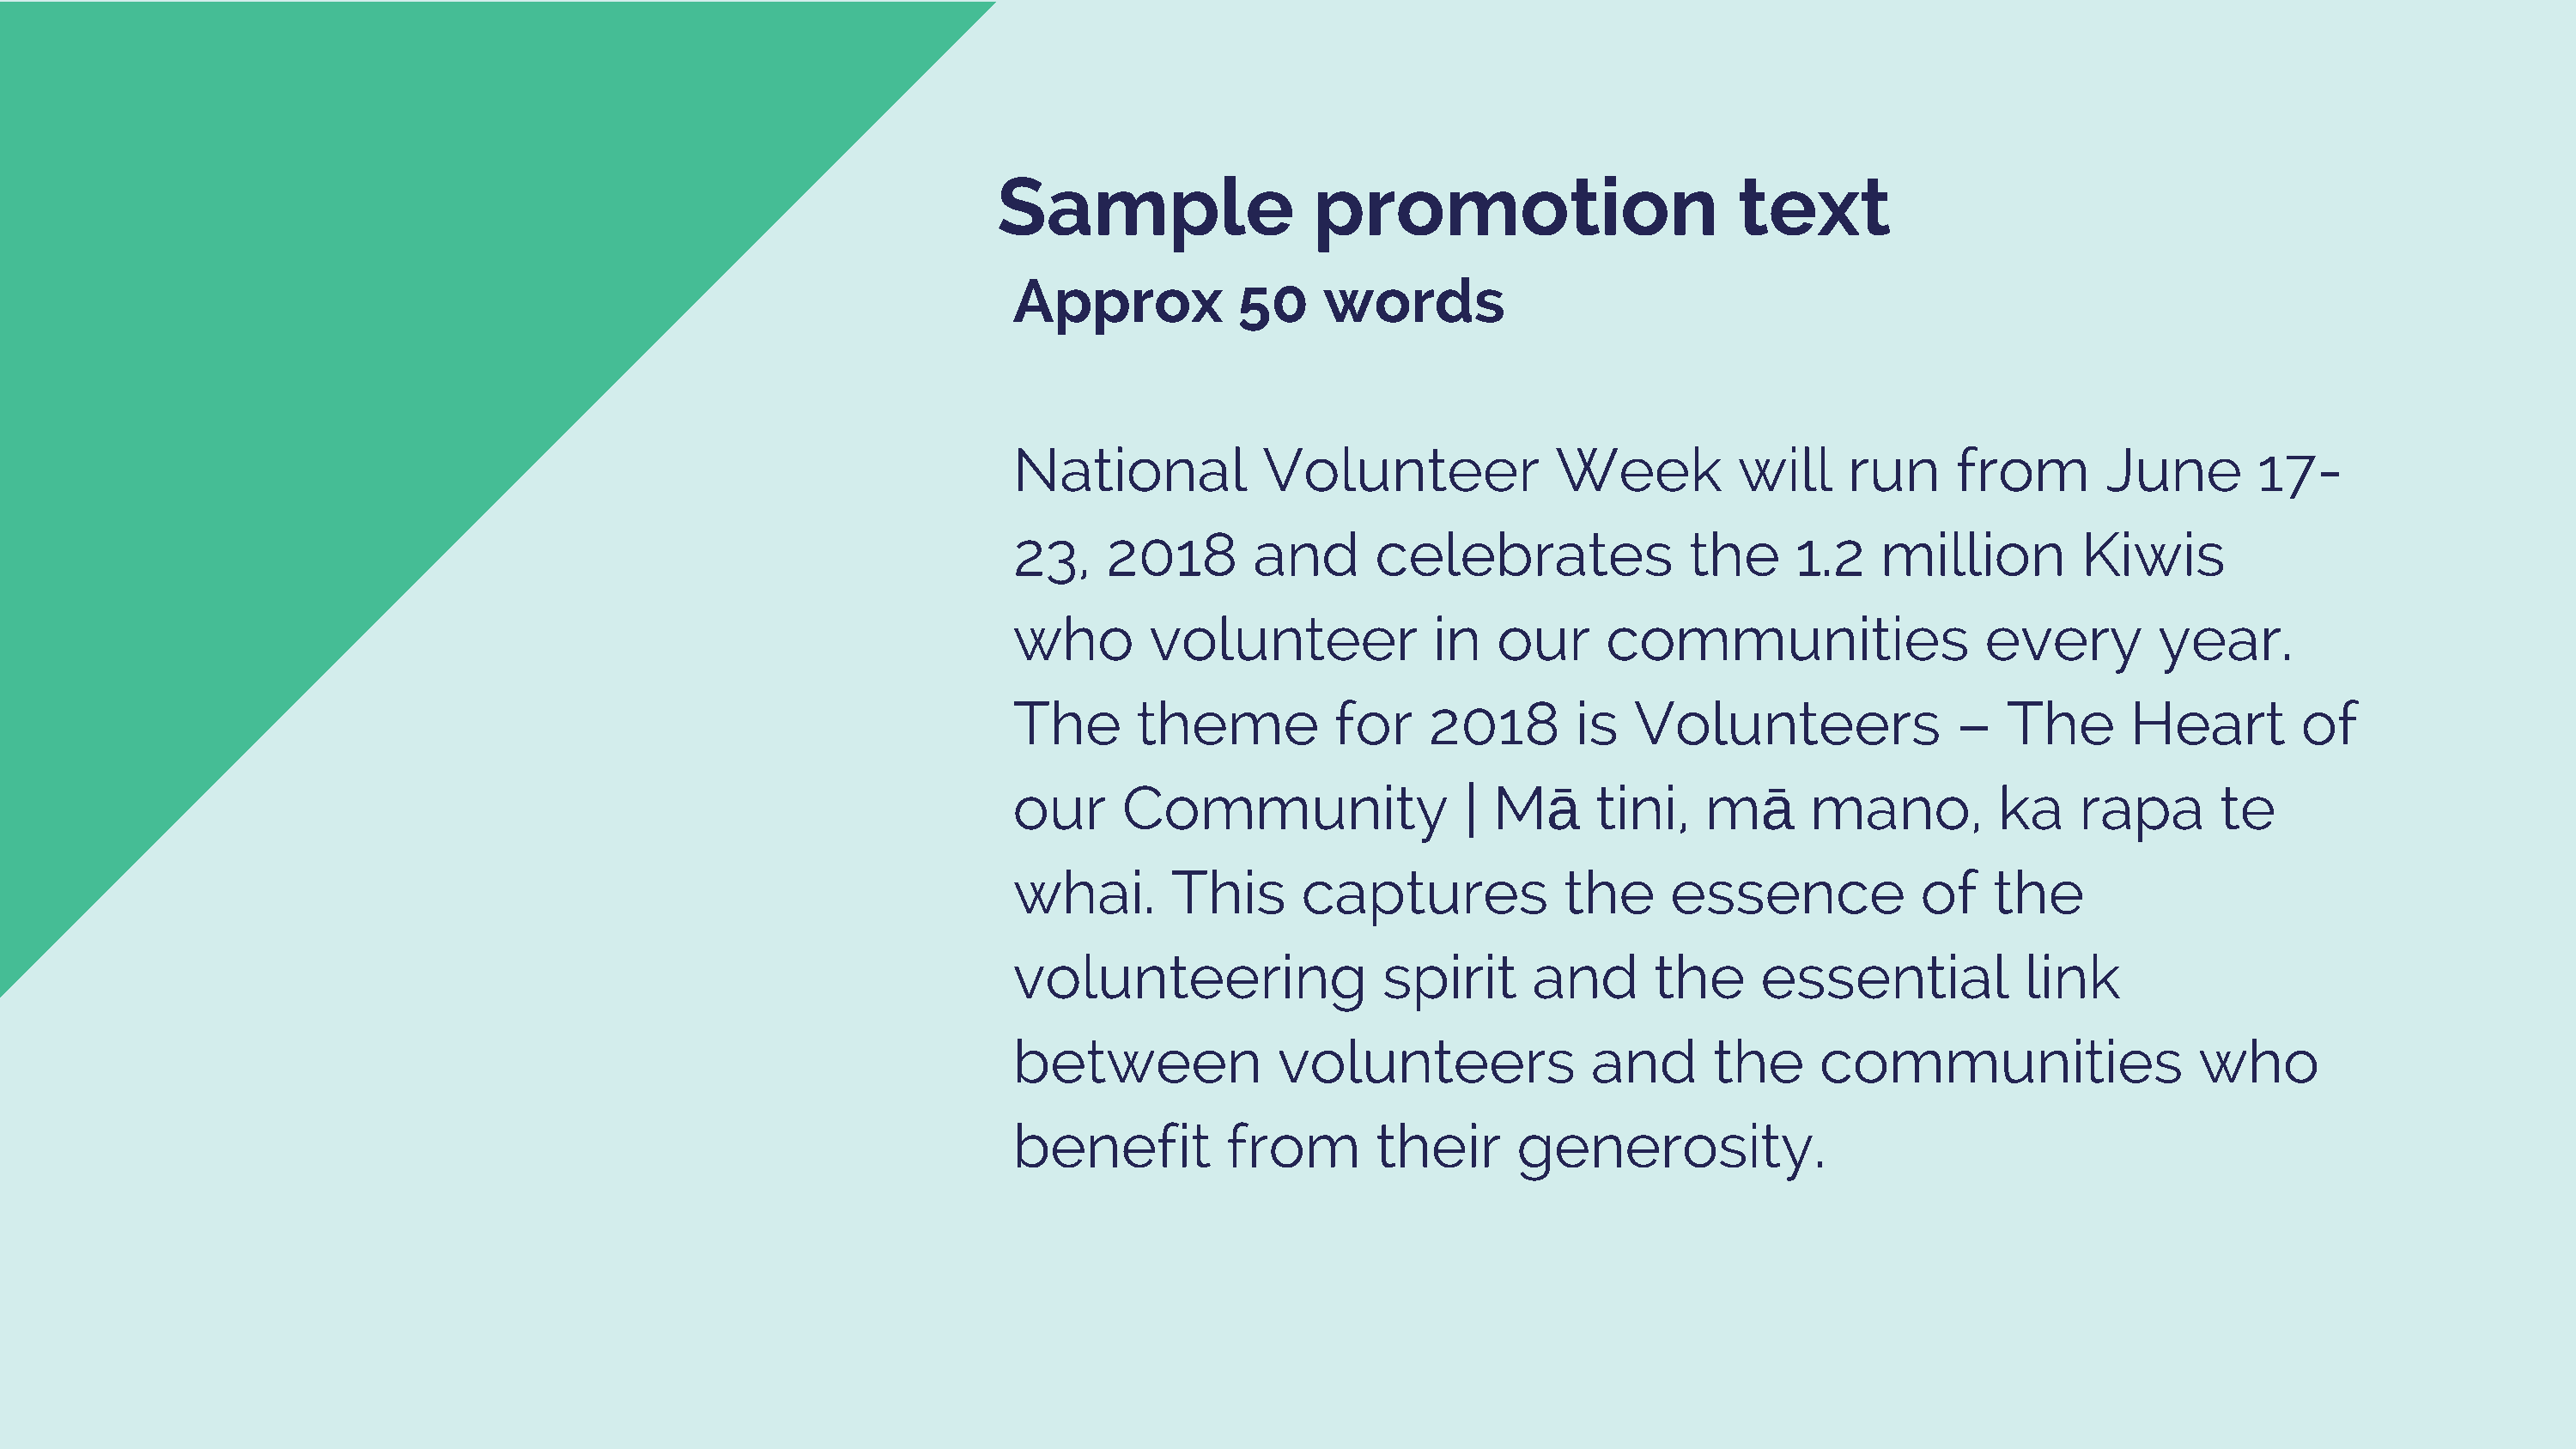
Sample                  promotion                        text
 Approx           50     words
 National           Volunteer              Week          will    run      from       June        17-
 23,    2018        and      celebrates              the     1.2    million        Kiwis
 who        volunteer             in  our      communities                  every        year.
 The       theme          for    2018        is  Volunteers               –   The      Heart        of
 our      Community                 | Mā      tini,   mā       mano,         ka    rapa       te
 whai.       This      captures             the     essence            of    the
 volunteering                 spirit     and       the     essential           link
 between              volunteers              and      the     communities                   who
 benefit          from       their      generosity.